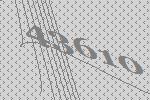
43610